Indian journal of veterinary science and animal husbandry - Volume 14,
Year: 1944
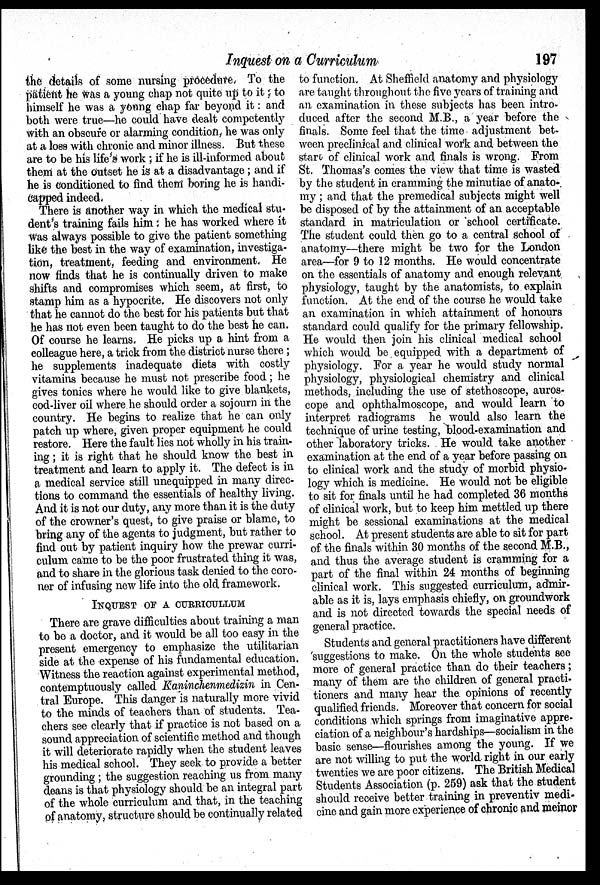
Inquest on a Curriculum
197
the details of some nursing procedure. To the
patient he was a young chap not quite up to it; to
himself he was a young chap far beyond it: and
both were true—he could have dealt competently
with an obscure or alarming condition, he was only
at a loss with chronic and minor illness. But these
are to be his life's work; if he is ill-informed about
them at the outset he is at a disadvantage; and if
he is conditioned to find them boring he is handi-
capped indeed.
There is another way in which the medical stu-
dent's training fails him: he has worked where it
was always possible to give the patient something
like the best in the way of examination, investiga-
tion, treatment, feeding and environment. He
now finds that he is continually driven to make
shifts and compromises which seem, at first, to
stamp him as a hypocrite. He discovers not only
that he cannot do the best for his patients but that
he has not even been taught to do the best he can.
Of course he learns. He picks up a hint from a
colleague here, a trick from the district nurse there;
he supplements inadequate diets with costly
vitamins because he must not prescribe food; he
gives tonics where he would like to give blankets,
cod-liver oil where he should order a sojourn in the
country. He begins to realize that he can only
patch up where, given proper equipment he could
restore. Here the fault lies not wholly in his train-
ing; it is right that he should know the best in
treatment and learn to apply it. The defect is in
a medical service still unequipped in many direc-
tions to command the essentials of healthy living.
And it is not our duty, any more than it is the duty
of the crowner's quest, to give praise or blame, to
bring any of the agents to judgment, but rather to
find out by patient inquiry how the prewar curri-
culum came to be the poor frustrated thing it was,
and to share in the glorious task denied to the coro-
ner of infusing new life into the old framework.
INQUEST OF A CURRICULLUM
There are grave difficulties about training a man
to be a doctor, and it would be all too easy in the
present emergency to emphasize the utilitarian
side at the expense of his fundamental education.
Witness the reaction against experimental method,
contemptuously called Kaninchenmedizin in Cen-
tral Europe. This danger is naturally more vivid
to the minds of teachers than of students. Tea-
chers see clearly that if practice is not based on a
sound appreciation of scientific method and though
it will deteriorate rapidly when the student leaves
his medical school. They seek to provide a better
grounding; the suggestion reaching us from many
deans is that physiology should be an integral part
of the whole curriculum and that, in the teaching
of anatomy, structure should be continually related
to function. At Sheffield anatomy and physiology
are taught throughout the five years of training and
an examination in these subjects has been intro-
duced after the second M.B., a year before the
finals. Some feel that the time adjustment bet-
ween preclinical and clinical work and between the
start of clinical work and finals is wrong. From
St. Thomas's comes the view that time is wasted
by the student in cramming the minutiae of anato-
my ; and that the premedical subjects might well
be disposed of by the attainment of an acceptable
standard in matriculation or school certificate.
The student could then go to a central school of
anatomy—there might be two for the London
area—for 9 to 12 months. He would concentrate
on the essentials of anatomy and enough relevant
physiology, taught by the anatomists, to explain
function. At the end of the course he would take
an examination in which attainment of honours
standard could qualify for the primary fellowship.
He would then join his clinical medical school
which would be equipped with a department of
physiology. For a year he would study normal
physiology, physiological chemistry and clinical
methods, including the use of stethoscope, auros-
cope and ophthalmoscope, and would learn to
interpret radiograms he would also learn the
technique of urine testing, blood-examination and
other laboratory tricks. He would take another
examination at the end of a year before passing on
to clinical work and the study of morbid physio-
logy which is medicine. He would not be eligible
to sit for finals until he had completed 36 months
of clinical work, but to keep him mettled up there
might be sessional examinations at the medical
school. At present students are able to sit for part
of the finals within 30 months of the second M.B.,
and thus the average student is cramming for a
part of the final within 24 months of beginning
clinical work. This suggested curriculum, admir-
able as it is, lays emphasis chiefly, on groundwork
and is not directed towards the special needs of
general practice.
Students and general practitioners have different
suggestions to make. On the whole students see
more of general practice than do their teachers;
many of them are the children of general practi-
tioners and many hear the opinions of recently
qualified friends. Moreover that concern for social
conditions which springs from imaginative appre-
ciation of a neighbour's hardships—socialism in the
basic sense—flourishes among the young. If we
are not willing to put the world right in our early
twenties we are poor citizens. The British Medical
Students Association (p. 259) ask that the student
should receive better training in preventiv medi-
cine and gain more experience of chronic and meinor